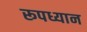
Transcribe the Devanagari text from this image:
रूपध्यान